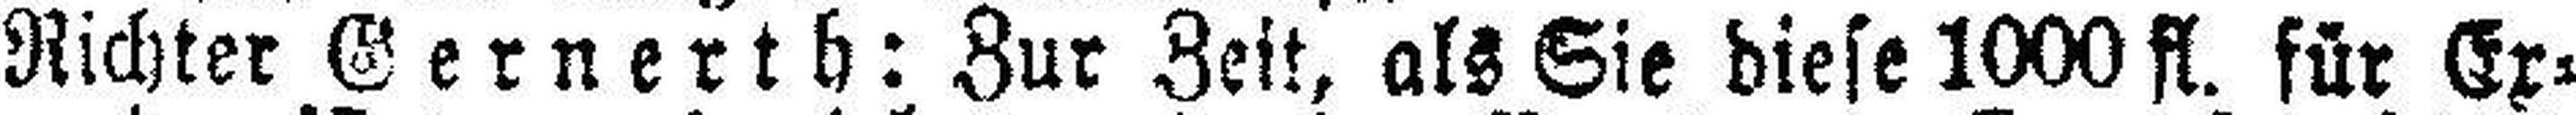
Richter Gernerth: Zur Zeit, als Sie diese 1000 fl. für Ex¬